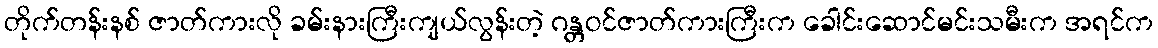
တိုက်တန်းနစ် ဇာတ်ကားလို ခမ်းနားကြီးကျယ်လွန်းတဲ့ ဂန္တဝင်ဇာတ်ကားကြီးက ခေါင်းဆောင်မင်းသမီးက အရင်က